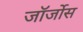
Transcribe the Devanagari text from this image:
जॉर्जोस